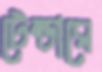
টেন্ডারে